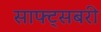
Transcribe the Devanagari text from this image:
साफ्ट्सबरी